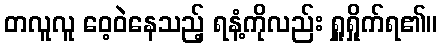
တလူလူ ဝေ့ဝဲနေသည့် ရနံ့ကိုလည်း ရှူရှိုက်ရ၏။